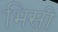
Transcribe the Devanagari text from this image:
भिसी